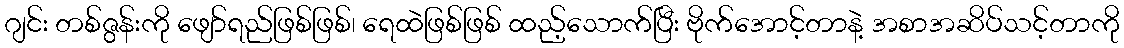
ဂျင်း တစ်ဇွန်းကို ဖျော်ရည်ဖြစ်ဖြစ်၊ ရေထဲဖြစ်ဖြစ် ထည့်သောက်ပြီး ဗိုက်အောင့်တာနဲ့ အစာအဆိပ်သင့်တာကို